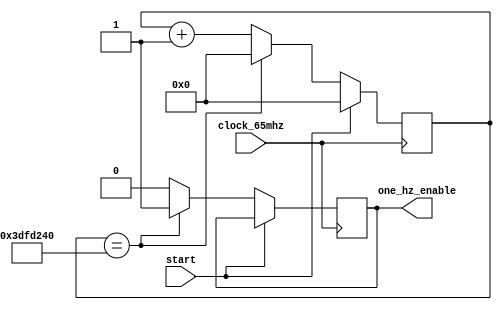
`timescale 1ns / 1ps
//////////////////////////////////////////////////////////////////////////////////
// Company: 
// 
// Design Name: 
// Module Name: one_hz
// Project Name: 
// Target Devices: 
// Tool Versions: 
// Description: 1Hz enable signal (asserted high once per second)
// 
// Dependencies: 
// 
// Revision:
// Revision 0.01 - File Created
// Additional Comments:
// 
//////////////////////////////////////////////////////////////////////////////////


module one_hz(
    input clock_65mhz,				// 65MHz clock
    input start,                   // 1Hz enable signal restarts when start is high
    output reg one_hz_enable = 0	// asserted high once per second
    );
    
    reg [25:0] counter = 0;
    
    always @(posedge clock_65mhz) begin
        // restart counter at start 
        if (start) begin
            counter <= 0;
        end
        // one_hz_enable asserted high every 65000000 65MHz clock cycles
        else begin
            counter <= counter + 1;
            if (counter == 65_000_000) begin
                counter <= 0;
                one_hz_enable <= 1;
            end
            else begin
                one_hz_enable <= 0;
            end
        end
    end
endmodule